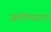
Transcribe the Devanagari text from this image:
जलोत्पादन